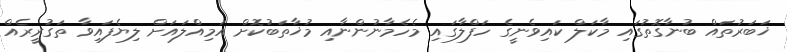
ޚަބަރުތައް ބުނާގޮތުގައި މާކަލް ކައިވެނީގެ ހަފްލާގައި މެހެމާނުންނާއި މުޚާތަބުކޮށް އަމިއްލައަށް ލިޔެފައިވާ ތަގުރީރެއް